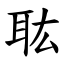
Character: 耾